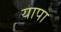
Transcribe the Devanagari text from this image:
यापा